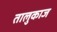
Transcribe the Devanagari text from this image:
तालुकाज